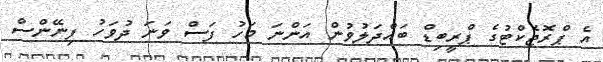
އެ ޕްރޮޖެކްޓުގެ ޕްރީބިޑް ބައްދަލުވުން އަންނަ މަހު ފަސް ވަނަ ދުވަހު ފިނޭންސް